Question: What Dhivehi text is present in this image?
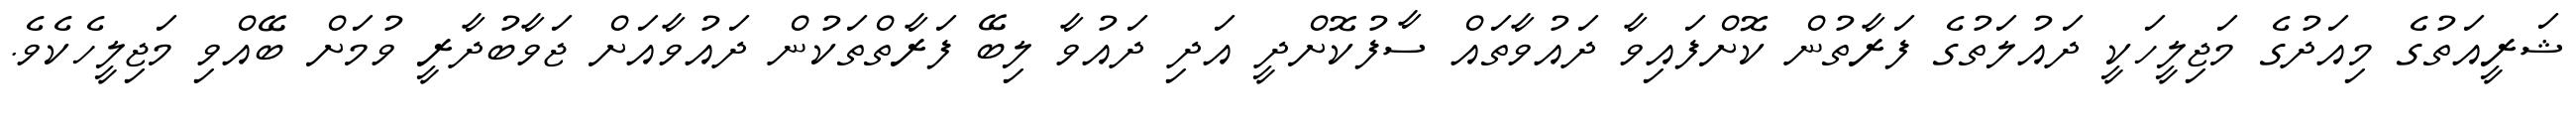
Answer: ޝަރީއަތުގެ މިއަދުގެ މަޖިލީހަކީ ދައުލަތުގެ ފަރާތުން ކޮށްފައިވާ ދައުވާތައް ސާފުކޮށްދީ އަދި ދައުވާ ލިބޭ ފަރާތްތަކުން ދައުވާއަށް ޖަވާބުދާރީ ވުމަށް ބޭއްވި މަޖިލީހެކެވެ.